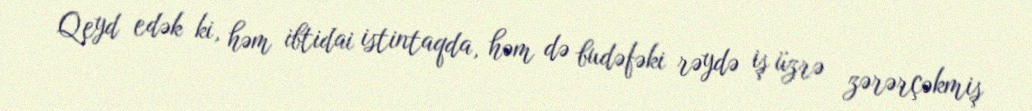
Qeyd edək ki, həm ibtidai istintaqda, həm də budəfəki rəydə iş üzrə zərərçəkmiş